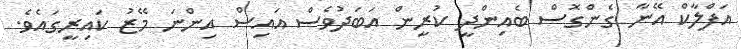
އަފްލާކް އޭނާ ގެންގޮސް ބެއިންދީ ކުރީން އަބަދުވެސް އައިސް އިންނަ މޭޒު ކައިރީގައެވެ.